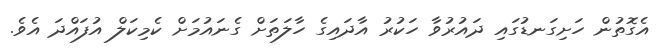
އެގޮތުން ހަށިގަނޑުގައި ދައުރުވާ ހަކުރު އާދައިގެ ހާލަތަށް ގެނައުމަށް ކެމިކަލް އުފައްދަ އެވެ.